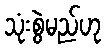
သုံးစွဲမည်ဟု